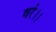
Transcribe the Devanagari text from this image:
वरं।।